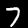
Digit: 7